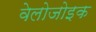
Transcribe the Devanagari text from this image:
वेलोजोइक